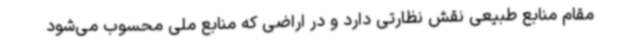
مقام منابع طبیعی نقش نظارتی دارد و در اراضی که منابع ملی محسوب می‌شود